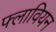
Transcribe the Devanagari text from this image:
फ्लावियन